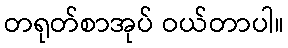
တရုတ်စာအုပ် ဝယ်တာပါ။